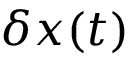
\boldsymbol { \delta x } ( t )